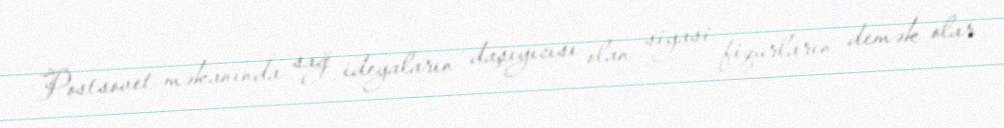
Postsovet məkanında sağ ideyaların daşıyıcısı olan siyasi fiqurların demək olar